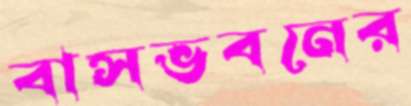
বাসভবনের